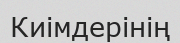
Киімдерінің